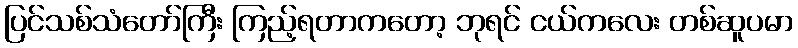
ပြင်သစ်သံတော်ကြီး ကြည့်ရတာကတော့ ဘုရင် ငယ်ကလေး တစ်ဆူပမာ